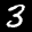
Label: 3